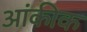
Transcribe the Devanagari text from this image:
आंकीक